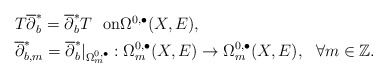
\begin{align*} &T\overline\partial^{*}_b=\overline\partial^{*}_bT\ \ \mbox{on$\Omega^{0,\bullet}(X,E)$}, \\&\overline\partial^{*}_{b,m}=\overline\partial^{*}_b|_{\Omega^{0,\bullet}_m}:\Omega^{0,\bullet}_m(X,E)\rightarrow\Omega^{0,\bullet}_m(X,E),\ \ \forall m\in\mathbb{Z}.\end{align*}